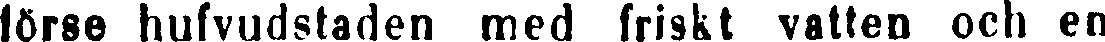
lörse hufvudstaden med friskt vatten och en